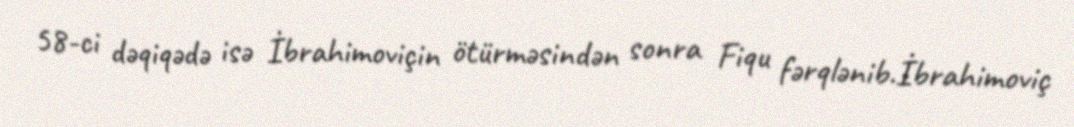
58-ci dəqiqədə isə İbrahimoviçin ötürməsindən sonra Fiqu fərqlənib.İbrahimoviç